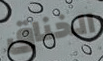
الخناق